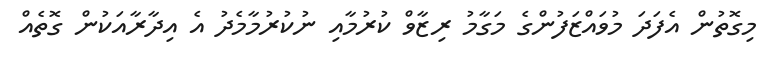
މިގޮތުން އެފަދަ މުވައްޒަފުންގެ މަގާމު ރިޒާވް ކުރުމާއި ނުކުރުމާމެދު އެ އިދާރާއަކުން ގޮތެއް